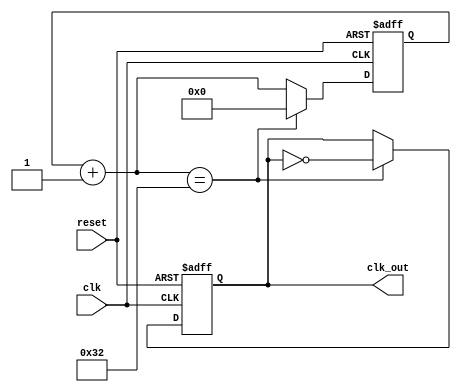
module clock_div #( 
        parameter WIDTH = 32, 
        parameter DIV = 50 // Defaults to 1MHz. DE-10 50MHz
    ) (
        input clk, reset,
        output clk_out
    );

    reg [WIDTH-1:0] r_reg;
    wire [WIDTH-1:0] r_nxt;
    reg clk_track;
    
    always @(posedge clk or posedge reset) begin
        if (reset) begin
            r_reg <= 0;
            clk_track <= 1'b0;
        end 
        else if (r_nxt == DIV) begin
            r_reg <= 0;
            clk_track <= ~clk_track;
        end
        else
            r_reg <= r_nxt;

    end

    assign r_nxt = r_reg+1;
    assign clk_out = clk_track;
endmodule